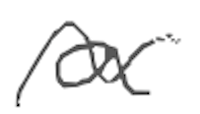
Text: a
Cross-out: wave
Writing tool: digital_gray